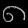
Digit: ၈